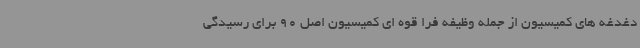
دغدغه های کمیسیون از جمله وظیفه فرا قوه ای کمیسیون اصل 90 برای رسیدگی